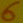
Text: 6